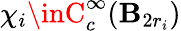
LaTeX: \chi_{i}\inC_{c}^{\infty}(\mathbf{B}_{2r_{i}})